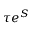
\tau e ^ { S }